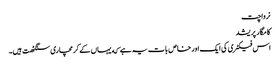
نرواچت
کامگار پریشد
اس فیکٹری کی ایک اور خاص بات یہ ہے که یہاں کے کرمچاری سنگٹھت ہیں۔